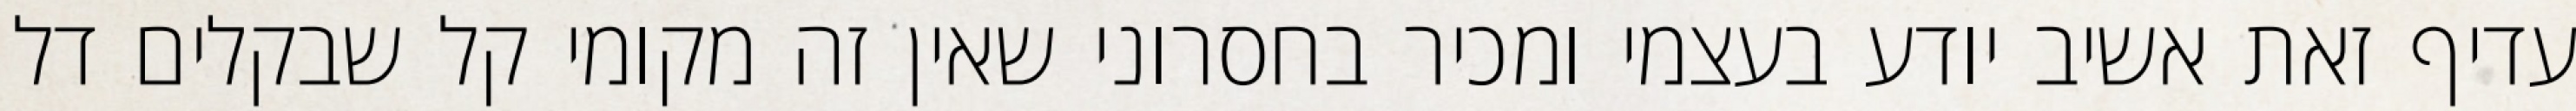
עדיף זאת אשיב יודע בעצמי ומכיר בחסרוני שאין זה מקומי קל שבקלים דל